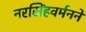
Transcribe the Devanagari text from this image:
नरसिंहवर्मनने